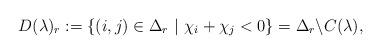
LaTeX: \begin{align*}D(\lambda)_r := \{ (i,j) \in \Delta_r\ |\ \chi_i + \chi_j < 0\} = \Delta_r \backslash C(\lambda),\end{align*}